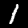
Label: 1